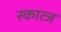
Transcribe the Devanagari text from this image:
स्कात्ज